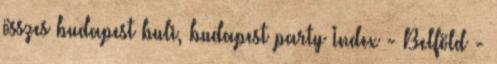
összes budapest buli, budapest party Index - Belföld -